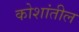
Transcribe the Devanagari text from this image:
कोशांतील